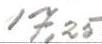
17,25